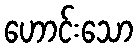
ဟောင်းသော